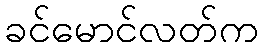
ခင်မောင်လတ်က